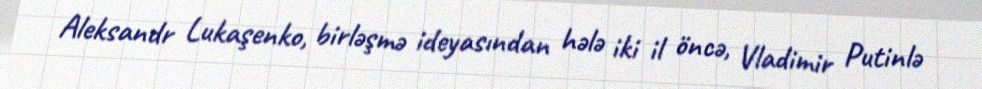
Aleksandr Lukaşenko, birləşmə ideyasından hələ iki il öncə, Vladimir Putinlə